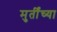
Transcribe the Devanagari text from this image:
मुर्तींच्या